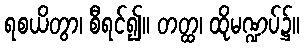
ရစယိတွာ၊ စီရင်၍။ တတ္ထ၊ ထိုမဏ္ဍပ်၌။